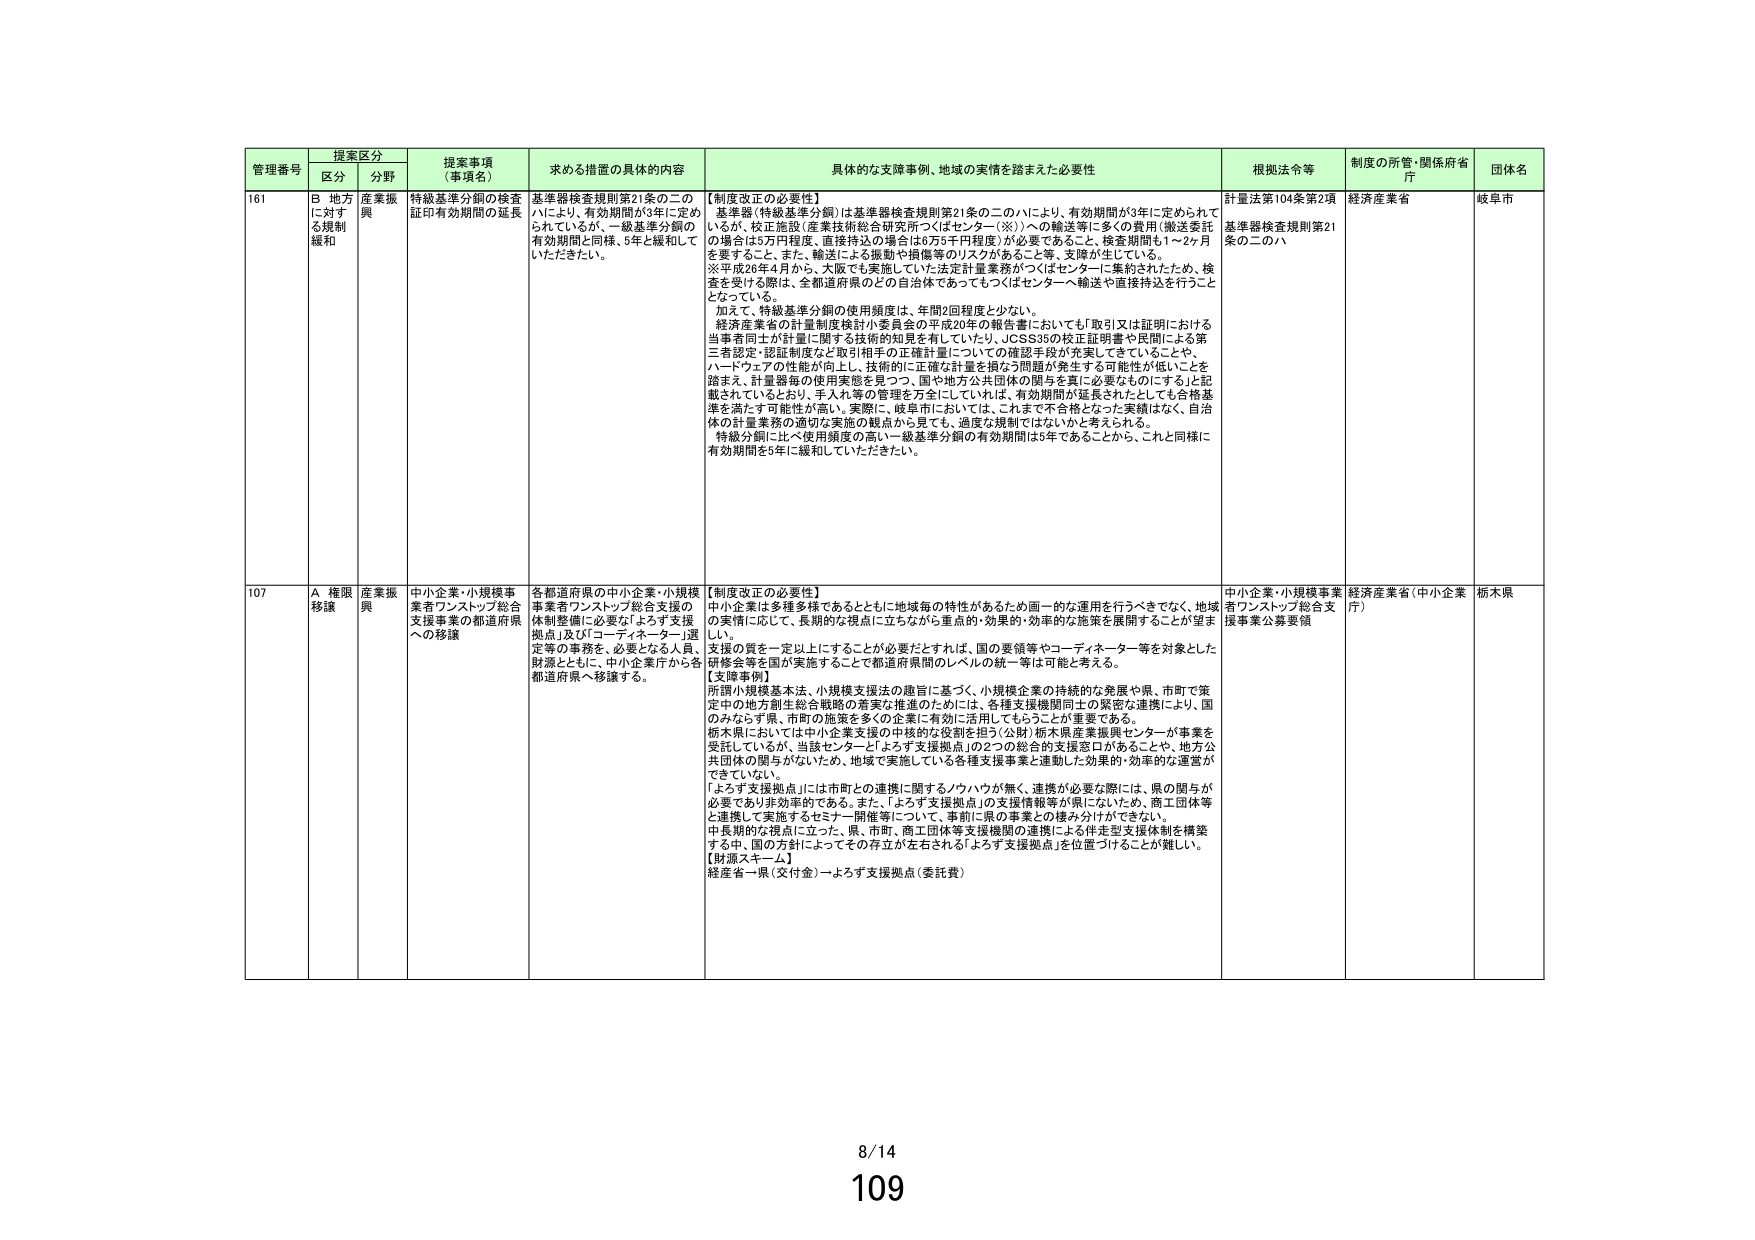
管理番号 提案区分 提案事項（事項名） 求める措置の具体的内容 具体的な支援事例、地域の実情を踏まえた必要性 根拠法令等 制度の所管・関係府省庁 団体名
区分 分野
161 B 地方に対する規制緩和 産業振興 特級基準分銅の検査証印有効期間の延長 基準器検査規則第21条の二のハにより、有効期間が3年に定められているが、一級基準分銅の有効期間と同様、5年と緩和していただきたい。 【制度改正の必要性】 基準器（特級基準分銅）は基準器検査規則第21条の二のハにより、有効期間が3年に定められているが、校正施設（産業技術総合研究所つくばセンター（※））への輸送等に多くの費用（搬送委託の場合は5万円程度、直接持込む場合は5万円程度）が必要であること、検査期間も1～2ヶ月を要すること、また、輸送による振動や損傷等のリスクがあること等、支障が生じている。 ※平成26年4月から、大阪で15年間実施していた法定計量業務がつくばセンターに集約されたため、検査を受ける際は、全都道府県のどの自治体であってもつくばセンターへ輸送や直接持込を行うこととなっている。 加えて、特級基準分銅の使用頻度は、年間2回程度と少ない。 経済産業省の計量制度検討小委員会の平成20年の報告書においても「取引又は証明における当事者同士が計量に関する技術的知見を有していたり、JCSS35の校正証明書や民間による第三者認定・認証制度など取引相手の正確計量についての確認手段が充実してきていることや、ハードウェアの性能が向上し、技術的に正確な計量を損なう問題が発生する可能性が低いことを踏まえ、計量器等の使用実態を見つつ、国や地方公共団体の関与を真に必要なものにする」と記載されているとおり、手入れ等の管理を万全にしていれば、有効期間が延長されたとしても合格基準を満たす可能性が高い。実際に、岐阜市においては、これまで不合格となった実績はなく、自治体の計量業務の適切な実施の観点から見ても、過度な規制ではないかと考えられる。 特級分銅に比べ使用頻度の高い一級基準分銅の有効期間は5年であるから、これと同様に有効期間を5年に緩和していただきたい。 計量法第104条第2項 基準器検査規則第21条の二のハ 経済産業省 岐阜市
107 A 権限移譲 産業振興 中小企業・小規模事業者ワンストップ総合支援事業の都道府県への移譲 各都道府県の中小企業・小規模事業者ワンストップ総合支援の体制整備に必要な「よろず支援拠点」及び「コーディネーター」選定等の事務を、必要となる人員、財源とともに、中小企業庁から各都道府県へ移譲する。 【制度改正の必要性】 中小企業は多種多様であるとともに地域毎の特性があるため画一的な運用を行うべきでなく、地域の実情に応じて、長期的な視点に立ちながら重点的・効率的な施策を展開することが望ましい。 支援の質を一定以上にすることが必要だとすれば、国の要領等やコーディネーター等を対象とした研修会等を国が実施することで都道府県間のレベルの統一等は可能と考える。 【支援事例】 所謂小規模基本法、小規模支援法の趣旨に基づく、小規模企業の持続的な発展や、市町で策定中の地方創生総合戦略の着実な推進のためには、各種支援機関同士の緊密な連携により、国のみならず県、市町の施策を多くの企業に有効に活用してもらうことが重要である。 栃木県においては中小企業支援の中核的な役割を担う（公財）栃木県産業振興センターが事業を受託しているが、当該センターと「よろず支援拠点」の2つの総合的支援窓口があることや、地方公共団体の関与がないため、地域で実施している各種支援事業と連動した効率的な運営ができていない。 「よろず支援拠点」には市町との連携に関するノウハウが無く、連携が必要な際には、県の関与が必要であり非効率的である。また、「よろず支援拠点」の支援情報等が県にないため、商工団体等と連携して実施するセミナー開催等について、事前に県の事業との棲み分けができない。 中長期的な視点に立った、県、市町、商工団体等支援機関の連携による伴走型支援体制を構築する中、国の方針によってその存立が左右される「よろず支援拠点」を位置づけることが難しい。 【財源スキーム】 経産省→県（交付金）→よろず支援拠点（委託費） 中小企業・小規模事業者ワンストップ総合支援事業公募要領 経済産業省（中小企業庁） 栃木県
8/14
109